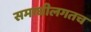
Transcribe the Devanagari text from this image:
समाधीलगतच